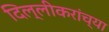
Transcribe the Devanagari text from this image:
दिल्लीकरांच्या